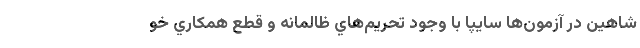
شاهين در آزمون‌ها سايپا با وجود تحريم‌هاي ظالمانه و قطع همكاري خو